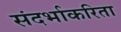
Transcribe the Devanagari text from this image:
संदर्भाकरिता